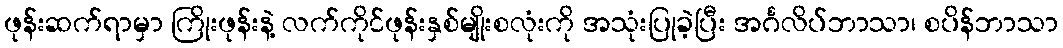
ဖုန်းဆက်ရာမှာ ကြိုးဖုန်းနဲ့ လက်ကိုင်ဖုန်းနှစ်မျိုးစလုံးကို အသုံးပြုခဲ့ပြီး အင်္ဂလိပ်ဘာသာ၊ စပိန်ဘာသာ